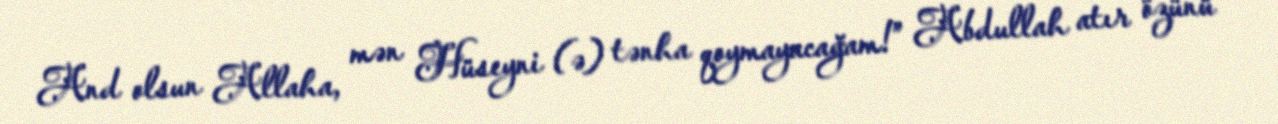
And olsun Allaha, mən Hüseyni (ə) tənha qoymayacağam!” Abdullah atır özünü